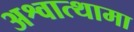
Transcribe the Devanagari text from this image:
अश्वात्थामा